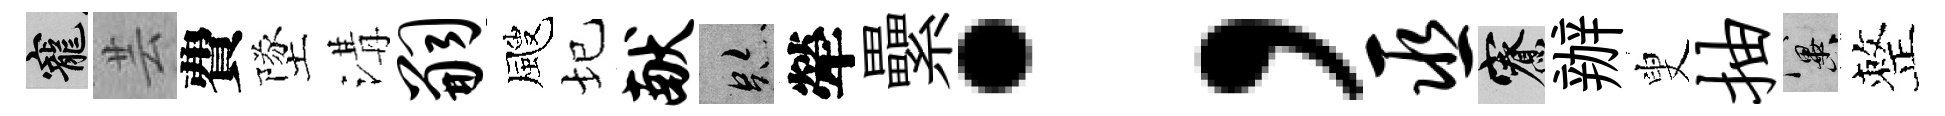
寵芸費墜溝嗣颼圮献跡犖纍；巫寮辦叟抽冀整